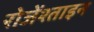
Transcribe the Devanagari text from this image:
रोजेंश्ताइन